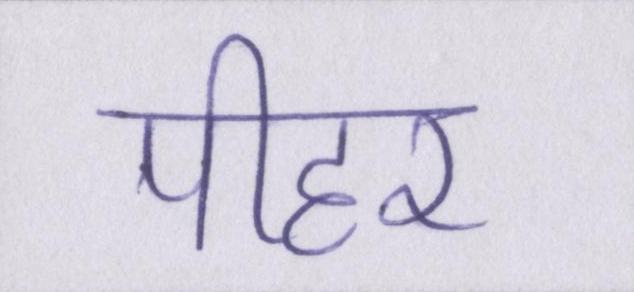
पीहर